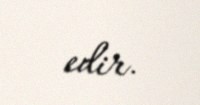
edir.